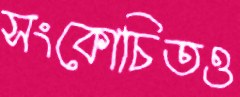
সংকোচিতও